Vaccination United Provinces of Agra and Oudh 1914-1922 - 1914-1922
Year: 1914
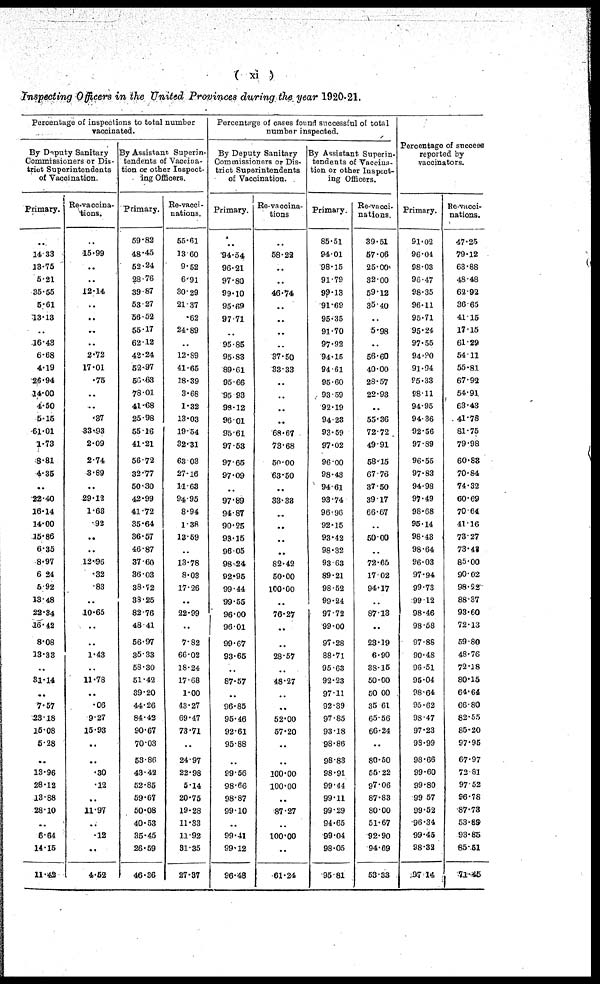
( xi )
Inspecting Officers in the United Provinces during the year 1920-21.
Percentage of inspections to total number
vaccinated.
By Deputy Sanitary
Commissioners or Dis-
trict Superintendents
of Vaccination
Primary.
..
14.33
13.75
5.21
35.55
5.61
13.13
..
16.43
6.68
4.19
26.94
14.00
4.50
5.15
61.01
1.73
8.81
4.35
..
22.40
16.14
14.00
15.86
6.35
8.97
6.24
5.92
18.48
22.34
16.42
8.08
13.38
..
31.14
..
7.57
23.18
15.08
5.28
..
13.96
28.12
13.88
28.10
..
6.64
14.15
11.42
Re-vaccina-
tions.
..
15.99
..
..
12.14
..
..
..
..
2.72
17.01
.75
..
..
.37
33.93
2.09
2.74
8.89
..
29.12
1.63
.92
..
..
12.96
.32
.83
..
10.65
..
..
1.43
..
11.78
..
.06
9.27
15.93
..
..
.30
.12
..
11.97
..
.12
..
4.52
By Assistant Superin-
tendents of Vaccina-
tion or other Inspect-
ing Officers.
Primary.
59.82
48.45
53.54
28.76
39.87
53.27
56.52
55.17
62.12
42.24
52.97
50.63
78.01
41.68
23.98
55.16
41.21
56.72
32.77
50.30
42.99
41.72
35.64
36.57
46.87
37.60
36.03
38.12
33.25
82.76
48.41
56.97
35.33
58.30
51.42
39.20
44.26
84.43
90.67
70.03
53.86
43.42
52.85
59.67
50.08
40.53
35.45
26.69
46.36
Re-vacci-
nations.
55.61
13.00
9.52
6.91
30.29
21.37
.62
24.89
..
12.89
41.65
18.39
3.68
1.32
13.03
19.54
32.31
63.03
27.16
11.63
94.95
8.94
1.38
13.59
..
13.78
8.08
17.26
..
22.99
..
7.82
66.02
18.24
17.68
1.00
43.27
69.47
73.71
..
24.97
22.98
5.14
20.75
19.28
11.33
11.92
31.35
27.37
Percentage of cases found successful of total
number inspected.
By Deputy Sanitary
Commissioners or Dis-
trict Superintendents
of Vaccination.
Primary.
..
94.54
96.21
97.80
99.10
95.69
97.71
..
95.85
95.83
89.61
95.66
95.93
98.12
96.01
95.61
97.58
97.65
97.09
..
97.89
94.87
90.25
93.15
96.05
98.24
92.95
99.44
99.55
96.00
96.01
99.67
93.65
..
87.57
..
96.85
95.46
92.61
93.88
..
99.56
98.66
98.87
99.10
..
99.41
99.12
96.48
Re-vaccina-
tions
..
58.22
..
..
46.74
..
..
..
..
37.50
33.33
..
..
..
..
68.67
73.68
50.00
63.50
..
33.32
..
..
..
..
82.42
50.00
100.00
..
76.27
..
..
28.57
..
48.27
..
..
52.00
57.20
..
..
100.00
100.00
..
87.27
..
100.00
..
61.24
BY Assistant Superin-
tendents of Vaccina-
tion or other Inspect-
ing Officers.
Primary.
85.51
94.01
98.15
91.79
99.13
91.69
95.35
91.70
97.92
94.15
94.61
95.60
93.59
92.19
94.23
93.59
97.02
96.00
98.43
94.61
93.74
96.96
92.15
93.42
98.32
93.63
89.21
98.52
99.24
97.72
99.00
97.28
88.71
95.63
92.23
97.11
92.39
97.85
93.18
98.86
98.83
98.91
99.44
99.11
99.29
94.65
99.04
98.05
95.81
Re-vacci-
nations.
39.51
57.06
25.00
32.00
59.12
35.40
..
5.98
..
56.60
40.00
28.57
22.93
..
55.36
72.72
49.91
58.15
67.76
37.50
39.17
66.67
..
50.00
..
72.65
17.02
94.17
..
87.13
..
23.19
6.90
38.15
50.00
50.00
35.61
65.56
66.24
..
80.50
55.22
97.06
87.83
80.00
51.67
92.90
94.69
53.33
Percentage of suceess
reported by
vaccinators.
Primary.
91.02
96.04
98.03
96. 47
98.35
96.11
95.71
95.24
97.55
94.80
91.04
85.33
28.11
94.95
94.36
92.56
97.39
96.55
97.83
94.98
97.49
98.68
96.14
98.48
98.64
96.03
97.94
99.73
99.12
98.46
98.58
97.88
90.48
96.51
95.04
98.64
95.62
98.47
97.23
98.99
98.66
99.60
99.80
99.57
99.52
96.34
99.45
98.32
97.14
Re-vacci-
nations.
47.25
79.12
63.88
48.48
62.92
36.65
41.15
17.15
61.29
54.11
55.81
67.92
54.91
63.43
41.78
81.75
79.98
60.83
70.84
74.32
60.69
70.64
41.16
73.27
73.42
85.00
90.02
98.22
88.37
93.60
72.13
59.80
48.76
72.18
80.13
64.64
66.80
82.55
85.20
97.95
67.97
72.81
97.52
96.78
87.73
53.89
93.85
65.51
71.45